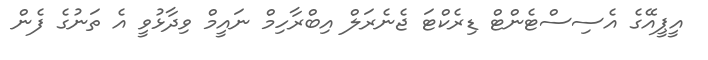
އީޕީއޭގެ އެސިސްޓެންޓް ޑިރެކްޓަ ޖެނެރަލް އިބްރާހިމް ނައީމް ވިދާޅުވީ އެ ތަނުގެ ފެން